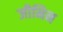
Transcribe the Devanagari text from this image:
जीनिन